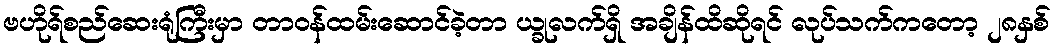
ဗဟိုရ်စည်ဆေးရုံကြီးမှာ တာဝန်ထမ်းဆောင်ခဲ့တာ ယ္ခုလက်ရှိ အချိန်ထိဆိုရင် လုပ်သက်ကတော့ ၂၈နှစ်